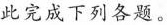
此完成下列各题。